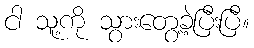
ငါ သူ့ကို သွားတွေ့ခဲ့ပြီးပြီ။